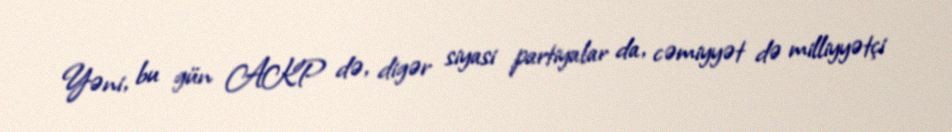
Yəni, bu gün AKP də, digər siyasi partiyalar da, cəmiyyət də milliyyətçi